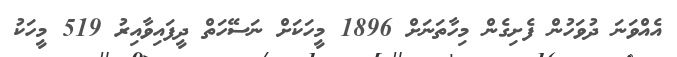
އެއްވަނަ ދުވަހުން ފެށިގެން މިހާތަނަށް 1896 މީހަކަށް ނަސޭހަތް ދީފައިވާއިރު 519 މީހަކު